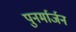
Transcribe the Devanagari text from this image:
पुनर्मार्जन